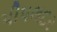
પીપલદર